Document type: Oath
Year: 1447
Scribe: Pere Figuerola
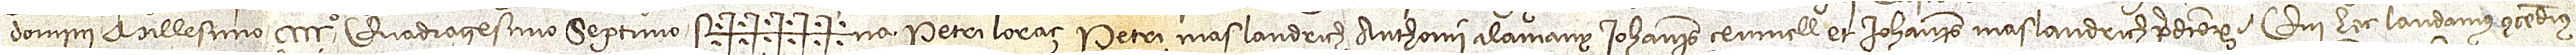
Domini millesimo CCCCº quadragesimo septimo.  Sig+++++na Petri Loraç, Petri Maslandrich, Anthonii Alamany, Iohannis Ceumell et Iohannis Maslandich, predictorum, qui hec laudamus, concedimus